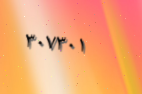
٣٠٧٣٠١